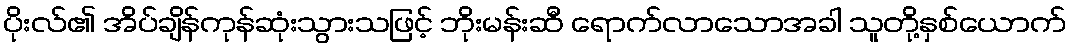
ပိုးလ်၏ အိပ်ချိန်ကုန်ဆုံးသွားသဖြင့် ဘိုးမန်းဆီ ရောက်လာသောအခါ သူတို့နှစ်ယောက်